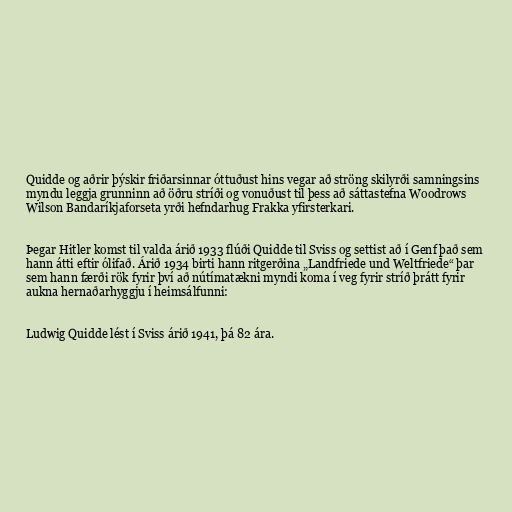
Quidde og aðrir þýskir friðarsinnar óttuðust hins vegar að ströng skilyrði samningsins
myndu leggja grunninn að öðru stríði og vonuðust til þess að sáttastefna Woodrows
Wilson Bandaríkjaforseta yrði hefndarhug Frakka yfirsterkari.

Þegar Hitler komst til valda árið 1933 flúði Quidde til Sviss og settist að í Genf það sem
hann átti eftir ólifað. Árið 1934 birti hann ritgerðina „Landfriede und Weltfriede“ þar
sem hann færði rök fyrir því að nútímatækni myndi koma í veg fyrir stríð þrátt fyrir
aukna hernaðarhyggju í heimsálfunni:

Ludwig Quidde lést í Sviss árið 1941, þá 82 ára.